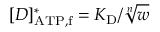
[ D ] _ { \mathrm { A T P , f } } ^ { \ast } = K _ { \mathrm { D } } / \sqrt [ n ] { w }